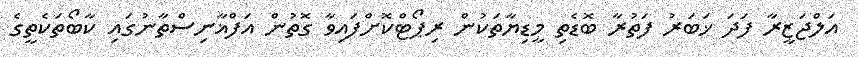
އަލްޖަޒީރާ ފަދަ ޚަބަރު ފަތުރާ ބޮޑެތި މީޑިޔާތަކުން ރިޕޯޓްކޮށްފައިވާ ގޮތުން އަފްޣާނިސްތާނުގައި ކާބޯތަކެތީގެ